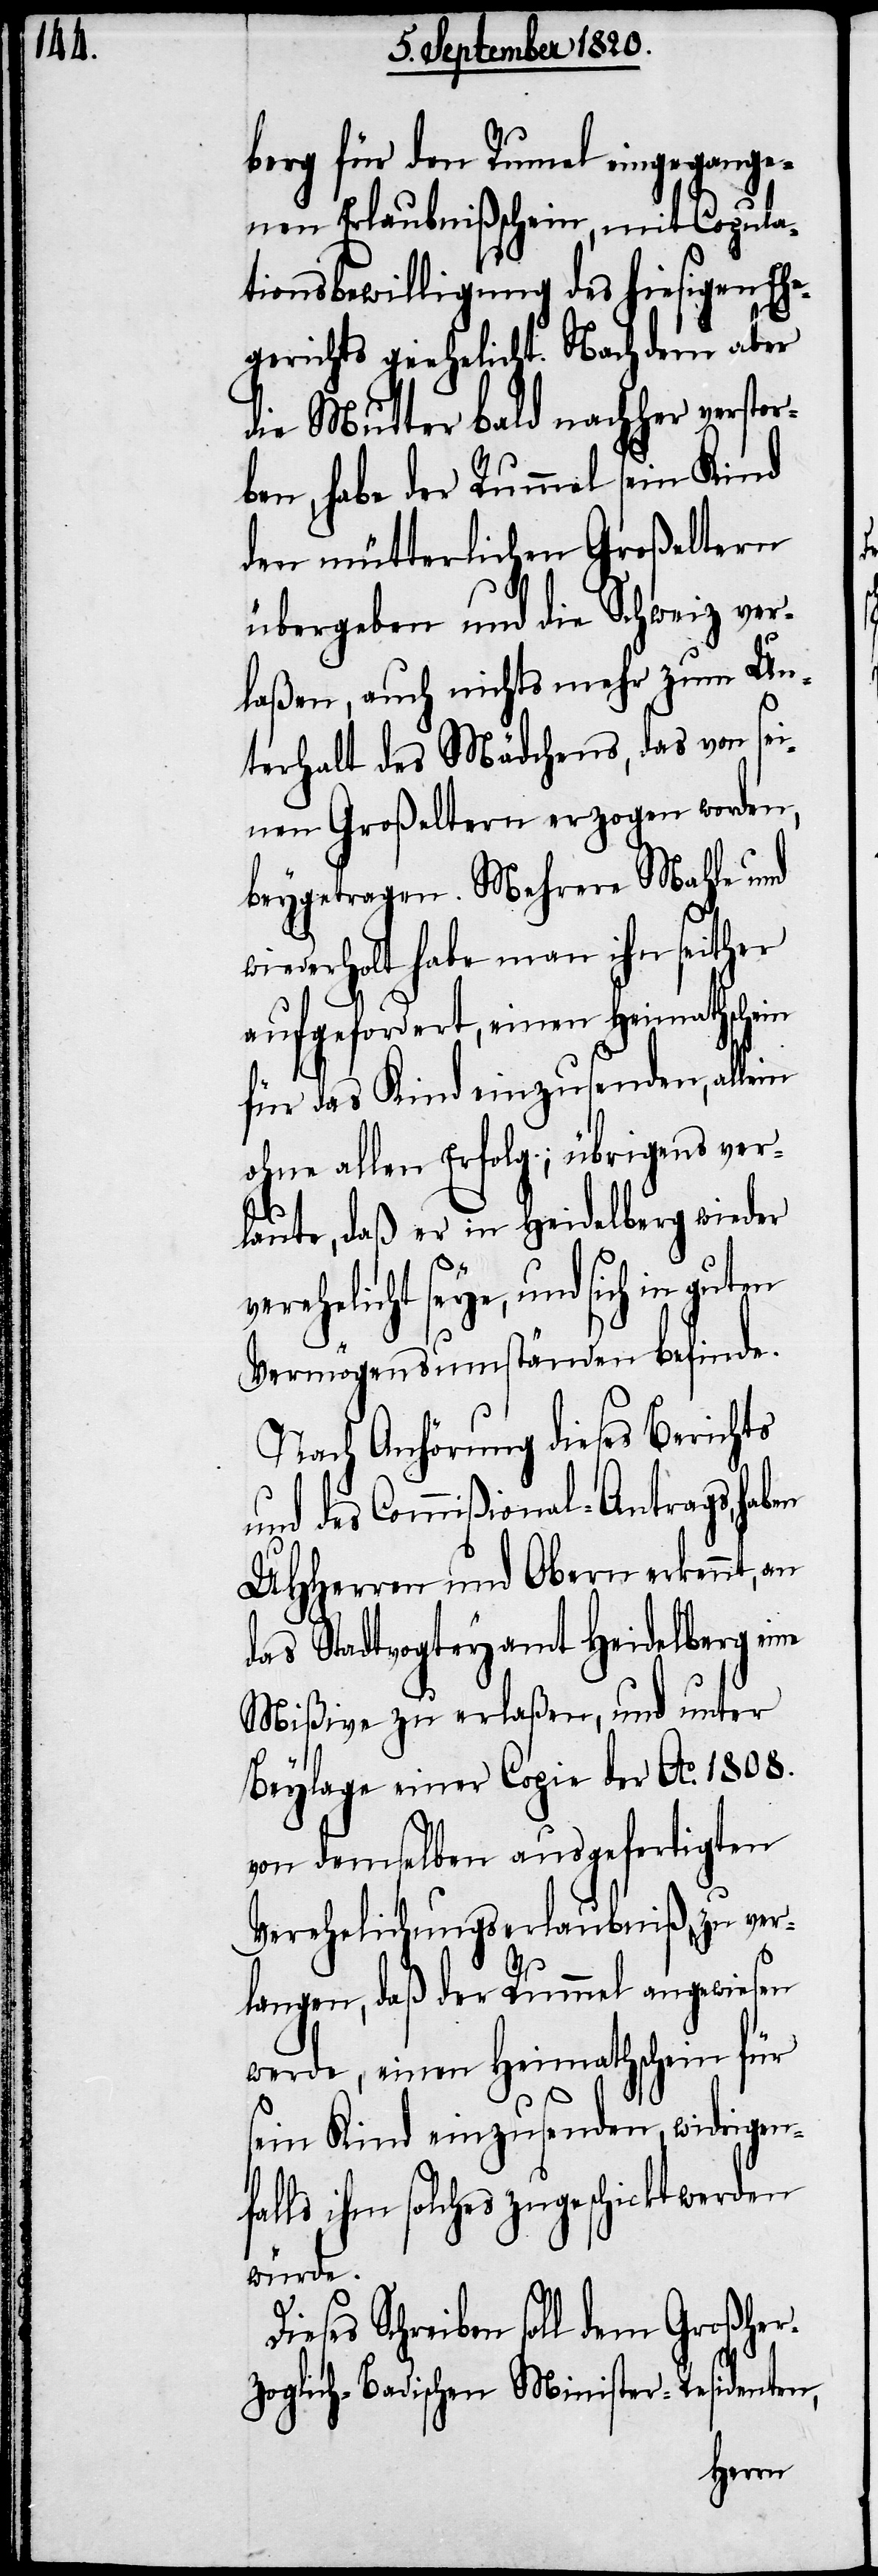
berg für den Rummel eingega¬
ngenen Erlaubnißschein, mit Copula¬
tionsbewilligung des hiesigen Ehe¬
gerichts geehelicht. Nachdem aber
die Mutter bald nachher verstor¬
ben, habe der Rummel sein Kind
den mütterlichen Großeltern
übergeben und die Schweiz ver¬
laßen, auch nichts mehr zum Un¬
terhalt des Mädchens, das von sei¬
nen Großeltern erzogen worden,
beygetragen. Mehrere Mahle und
wiederholt habe man ihn seither
aufgefordert, einen Heimathschein
für das Kind einzusenden, allein
ohne allen Erfolg; übrigens ver¬
laute, daß er in Heidelberg wieder
erehelicht seye, und sich in guten
Vermögensumständen befinde.
Nach Anhörung dieses Berichts
und des Commißional-Antrags, haben
UHHerren und Obern erkennt, an
das Stadtvogteyamt Heidelberg eine
Mißive zu erlaßen, und unter
Beylage einer Copie der Ao. 1808.
von demselben ausgefertigten
Verehelichungserlaubniß zu ver¬
v¬
langen, daß der Rummel angewiesen
werde, einen Heimathschein für
sein Kind einzusenden, widrigenf¬
alls ihm solches zugeschickt werden
würde.
Dieses Schreiben soll dem Großher¬
zoglich-Badischen Minister-Residenten,